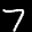
Label: 7